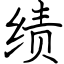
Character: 绩